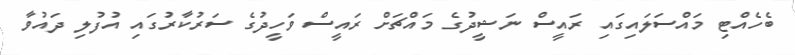
ބެހެއްޓި މައްސަލައިގައި ރައީސް ނަޝީދުގެ މައްޗަށް ރައީސް ވަހީދުގެ ސަރުކާރުގައި އުފުލި ދައުވާ